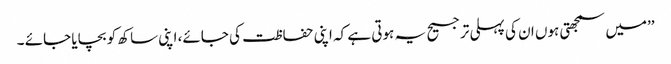
’’میں سمجھتی ہوں ان کی پہلی ترجیح یہ ہوتی ہے کہ اپنی حفاظت کی جائے، اپنی ساکھ کو بچایا جائے ۔